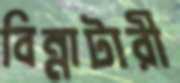
বিন্নাটারী